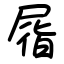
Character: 㞛